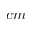
c m